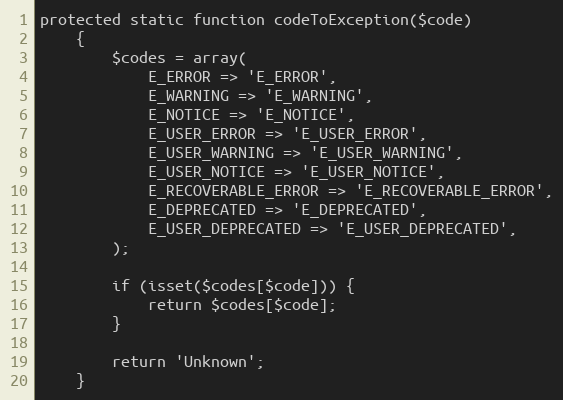
Language: PHP
protected static function codeToException($code)
    {
        $codes = array(
            E_ERROR => 'E_ERROR',
            E_WARNING => 'E_WARNING',
            E_NOTICE => 'E_NOTICE',
            E_USER_ERROR => 'E_USER_ERROR',
            E_USER_WARNING => 'E_USER_WARNING',
            E_USER_NOTICE => 'E_USER_NOTICE',
            E_RECOVERABLE_ERROR => 'E_RECOVERABLE_ERROR',
            E_DEPRECATED => 'E_DEPRECATED',
            E_USER_DEPRECATED => 'E_USER_DEPRECATED',
        );

        if (isset($codes[$code])) {
            return $codes[$code];
        }

        return 'Unknown';
    }